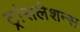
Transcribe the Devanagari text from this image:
ट्रांसलेशन्स